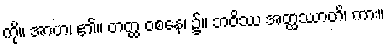
ကို။ အာဟ၊ ၏။ တတ္ထ ဝစနေ၊ ၌။ ဘဝိဿ အတ္ထဿာတိ၊ ကား။